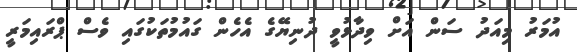
އުމަރު މިއަދު ސަން އަށް ވިދާޅުވީ ދުނިޔޭގެ އެހެން ގައުމުތަކުގައި ވެސް ޕްރައިމަރީ